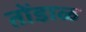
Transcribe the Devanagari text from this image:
तोंडाळ